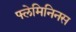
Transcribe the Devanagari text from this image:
फ्लेमिनिनस